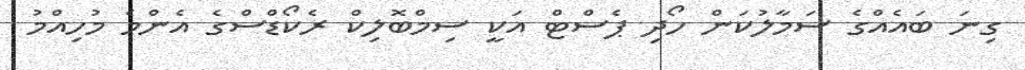
ގިނަ ބައެއްގެ ސަމާލުކަން ހޯދި ޕެސްޓް އަކީ ސިމްބޮލިކް ރެކޯޑްސްގެ އެންމެ މުހިއްމު